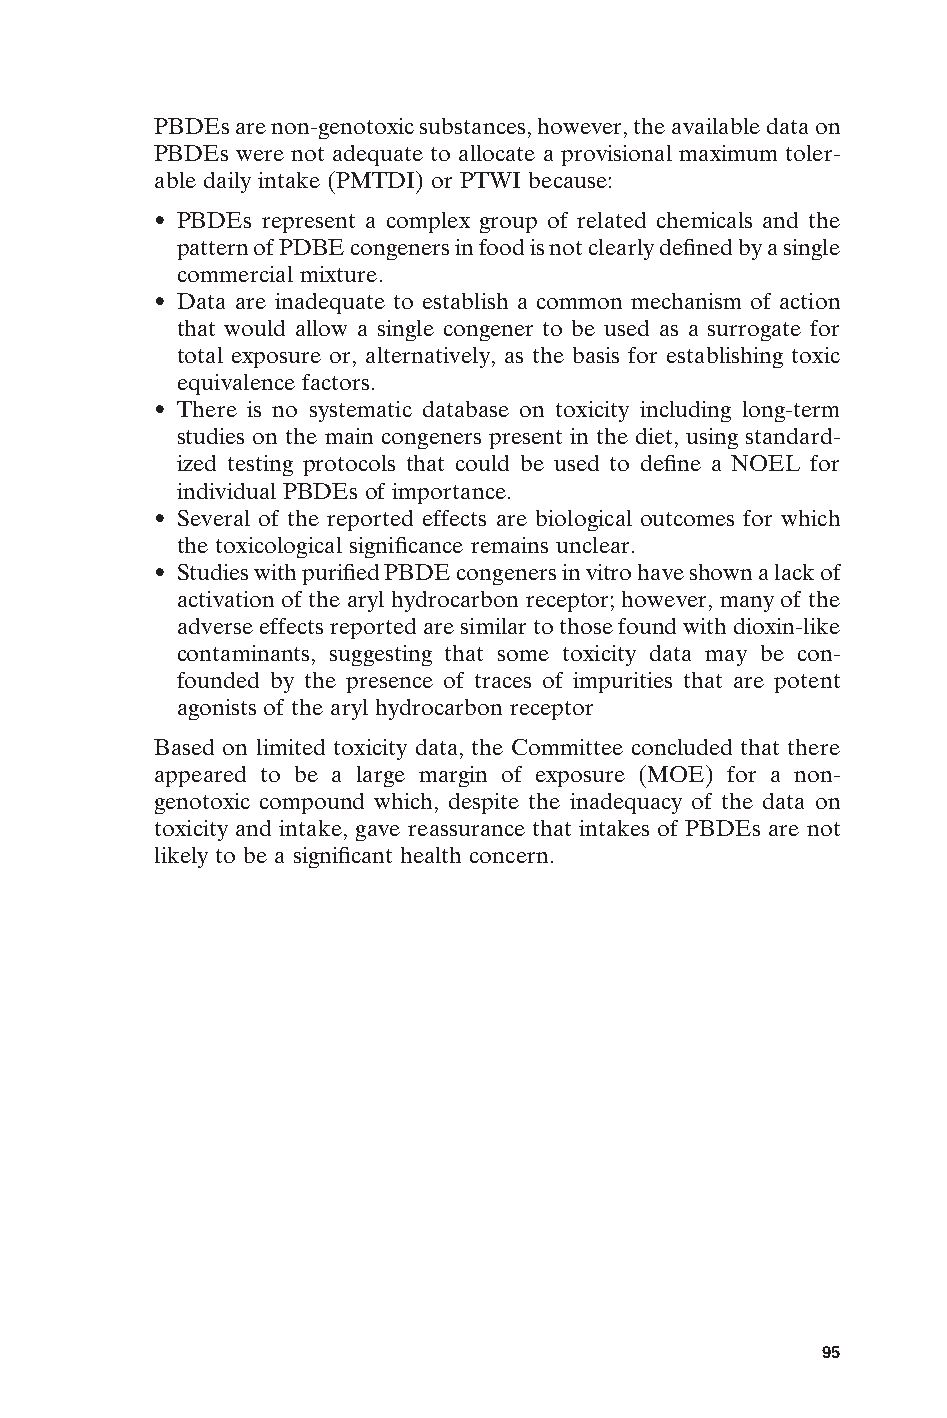
PBDEs are non-genotoxic substances, however, the available data on
 PBDEs were not adequate to allocate a provisional maximum toler-
 able daily intake (PMTDI) or PTWI because:
 • PBDEs represent a complex group of related chemicals and the
 pattern of PDBE congeners in food is not clearly defined by a single
 commercial mixture.
 • Data are inadequate to establish a common mechanism of action
 that would allow a single congener to be used as a surrogate for
 total exposure or, alternatively, as the basis for establishing toxic
 equivalence factors.
 • There is no systematic database on toxicity including long-term
 studies on the main congeners present in the diet, using standard-
 ized testing protocols that could be used to define a NOEL for
 individual PBDEs of importance.
 • Several of the reported effects are biological outcomes for which
 the toxicological significance remains unclear.
 • Studies with purified PBDE congeners in vitro have shown a lack of
 activation of the aryl hydrocarbon receptor; however, many of the
 adverse effects reported are similar to those found with dioxin-like
 contaminants, suggesting that some toxicity data may be con-
 founded by the presence of traces of impurities that are potent
 agonists of the aryl hydrocarbon receptor
 Based on limited toxicity data, the Committee concluded that there
 appeared to be a large margin of exposure (MOE) for a non-
 genotoxic compound which, despite the inadequacy of the data on
 toxicity and intake, gave reassurance that intakes of PBDEs are not
 likely to be a significant health concern.
 E
 95
 Untitled-4       95                    12/20/05, 19:53